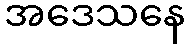
အဒေသနေ